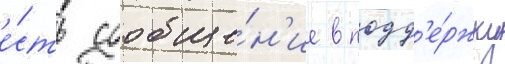
е́сть сообще́н'ие в подд'е́ржку